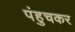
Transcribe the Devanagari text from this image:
पंहुचकर